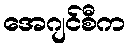
အေဂျင်စီက